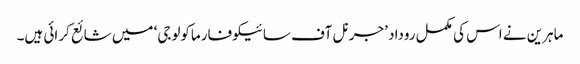
ماہرین نے اس کی مکمل روداد ’جرنل آف سائیکوفارماکولوجی‘ میں شائع کرائی ہیں۔